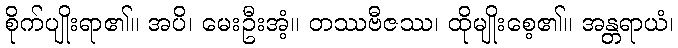
စိုက်ပျိုးရာ၏။ အပိ၊ မေးဦးအံ့။ တဿဗီဇဿ၊ ထိုမျိုးစေ့၏။ အန္တရာယံ၊